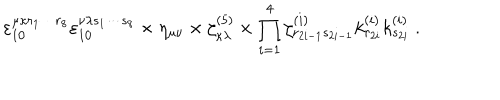
LaTeX: \varepsilon _ { 1 0 } ^ { \mu \kappa r _ { 1 } \cdots r _ { 8 } } \varepsilon _ { 1 0 } ^ { \nu \lambda s _ { 1 } \cdots s _ { 8 } } \times \eta _ { \mu \nu } \times \zeta _ { \kappa \lambda } ^ { ( 5 ) } \times \prod _ { i = 1 } ^ { 4 } \zeta _ { r _ { 2 i - 1 } s _ { 2 i - 1 } } ^ { ( i ) } k _ { r _ { 2 i } } ^ { ( i ) } k _ { s _ { 2 i } } ^ { ( i ) } \ .